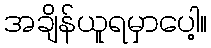
အချိန်ယူရမှာပေါ့။